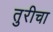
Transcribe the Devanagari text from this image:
तुरीचा